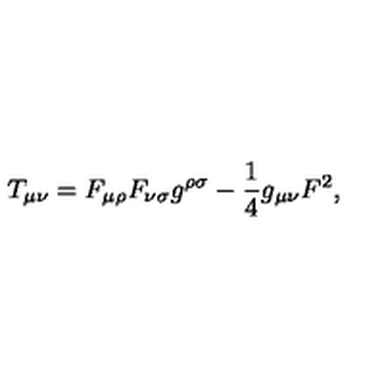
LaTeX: T _ { \mu \nu } = F _ { \mu \rho } F _ { \nu \sigma } g ^ { \rho \sigma } - \frac { 1 } { 4 } g _ { \mu \nu } F ^ { 2 } ,